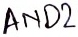
Text: AND2